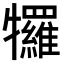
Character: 𭷷